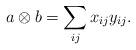
LaTeX: \begin{align*}a\otimes b = \sum_{ij} x_{ij}y_{ij}. \end{align*}